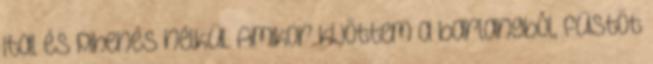
ital és pihenés nélkül. Amikor kijöttem a barlangból, füstöt